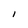
Character: I